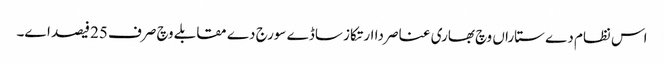
اس نظام دے ستاراں وچ بھاری عناصر دا ارتکاز ساڈے سورج دے مقابلے وچ صرف 25 فیصد ا‏‏ے۔